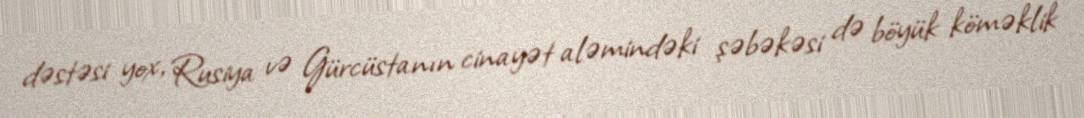
dəstəsi yox, Rusiya və Gürcüstanın cinayət aləmindəki şəbəkəsi də böyük köməklik